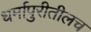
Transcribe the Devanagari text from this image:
धर्मापुरीतीलच